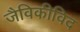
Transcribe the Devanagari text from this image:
जैविकीविद